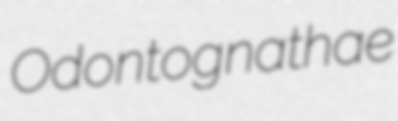
Odontognathae